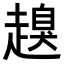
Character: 𧽒